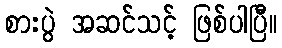
စားပွဲ အဆင်သင့် ဖြစ်ပါပြီ။